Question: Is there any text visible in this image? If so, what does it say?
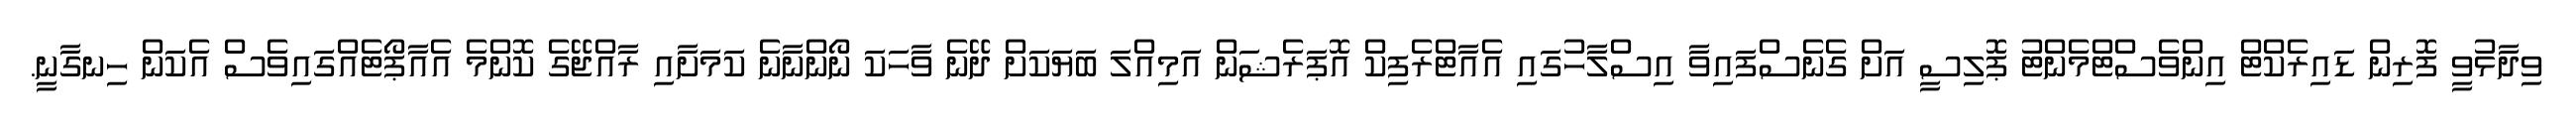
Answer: ވިދާޅުވީ ފޮރިން ޑައިރެކްޓް އިންވެސްޓްމެންޓު ޕޮލިސީ އަށް ގެނެސްފައިވާ އިސްލާހުގައި އެއާޓްރެފިކް އޮޕަރެޝަން އަމިއްލަ ބަޔަކަށް ދޭނެ ވާހަކަ ނޯންނާނެ ކަމަށާއި ރާއްޖޭގެ ކޮންމެ އެއާޕޯޓެއްގައިވެސް އެކަން ހިނގާނީ.